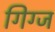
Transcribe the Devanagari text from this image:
गिग्ज